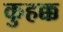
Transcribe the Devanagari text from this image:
कुहक्क